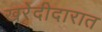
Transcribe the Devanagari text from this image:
खरेदीदारात